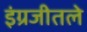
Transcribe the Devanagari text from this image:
इंग्रजीतले